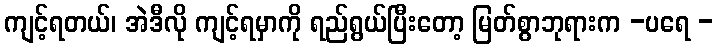
ကျင့်ရတယ်၊ အဲဒီလို ကျင့်ရမှာကို ရည်ရွယ်ပြီးတော့ မြတ်စွာဘုရားက -ပရေ -